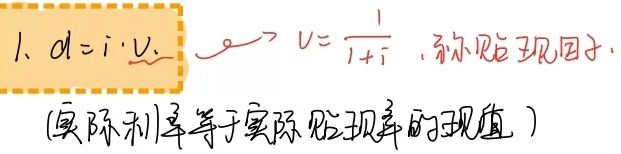
1. \(d = i\cdot v\)，\(v = \frac{1}{1 + i}\)，称贴现因子。(实际利率等于实际贴现率的现值 )